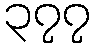
၃၇၇